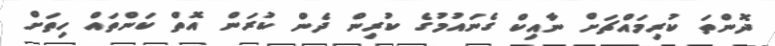
ދޮންތަ ކުރިމައްޗަށް ނާއިކް ގެނައުމުގެ ކުރިން ދެން ކުރަން އޮތް ކަންތައް ހިތަށް